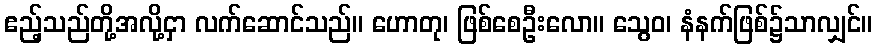
ဧည့်သည်တို့အလို့ငှာ လက်ဆောင်သည်။ ဟောတု၊ ဖြစ်စေဦးလော။ သွေဝ၊ နံနက်ဖြစ်၌သာလျှင်။